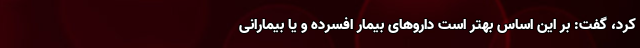
کرد، گفت: بر این اساس بهتر است داروهای بیمار افسرده و یا بیمارانی